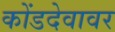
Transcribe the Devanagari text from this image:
कोंडदेवावर